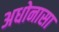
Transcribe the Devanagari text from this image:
अधोनासा